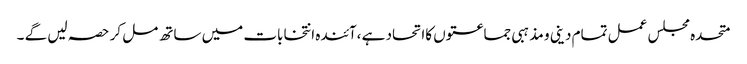
متحدہ مجلس عمل تمام دینی و مذہبی جماعتوں کااتحاد ہے ،آئندہ انتخابات میں ساتھ مل کر حصہ لیں گے ۔